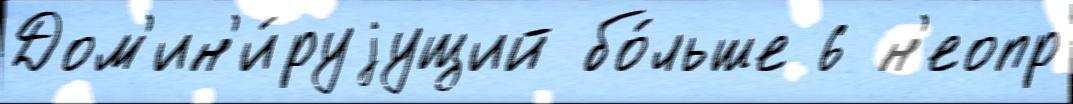
Дом'ин'и́руjущий бо́льше 6 н'еопр